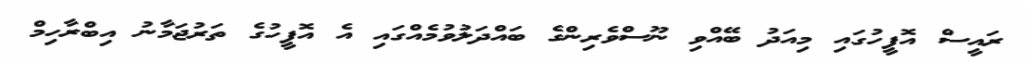
ރައީސް އޮފީހުގައި މިއަދު ބޭއްވި ނޫސްވެރިންގެ ބައްދަލުވުމެއްގައި އެ އޮފީހުގެ ތަރުޖަމާނު އިބްރާހިމް